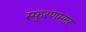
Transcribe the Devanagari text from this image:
स्फुरणमात्र